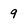
Character: 9